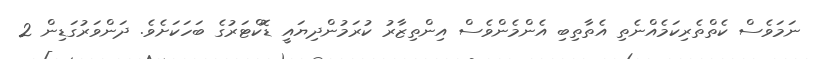
ނަމަވެސް ކެތްތެރިކަމެއްނެތި އެތާތިބި އެންމެންވެސް އިންތިޒާރު ކުރަމުންދިޔައީ ޑޮކްޓަރުގެ ބަހަކަށެވެ. ދަންވަރުގަޑިން 2